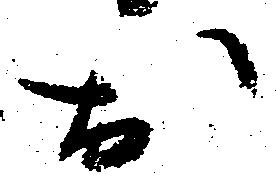
於